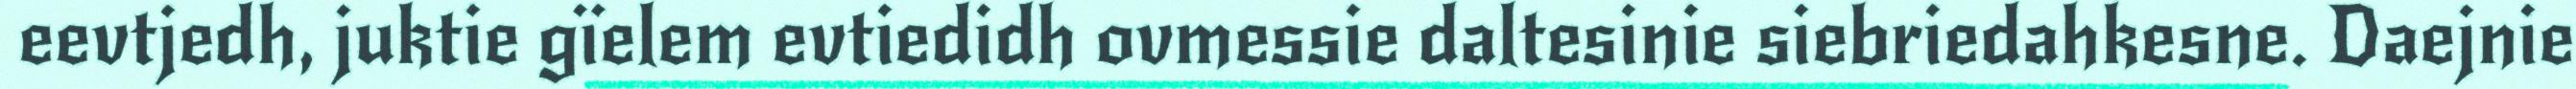
eevtjedh, juktie gïelem evtiedidh ovmessie daltesinie siebriedahkesne. Daejnie